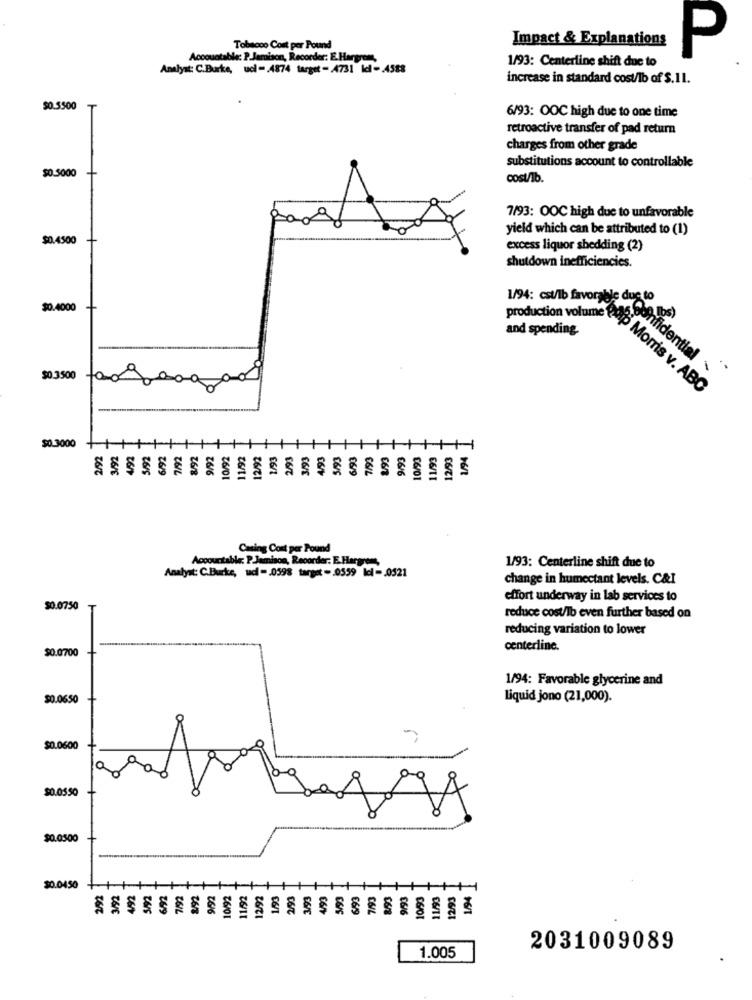
Impact & Explanations
Tobacco Cost per Pound
Accountable: P Jamison, Recorder: E. Harpress,
1/93: Centerline shift due to
P
Analyst: C.Burke, ucl-4874 target = 4731 Id-4588
increase in standard cost/lb of $.11.
$0.5500
T
6/93: OOC high due to one time
retroactive transfer of pad return
charges from other grade
substitutions account to controllable
$0.5000
cost/lb.
7/93: OOC high due to unfavorable
yield which can be attributed to (1)
$0.4500
excess liquor shedding (2)
shutdown inefficiencies.
1/94: est/lb favorable due to
$0.4000
and spending.
Confidential
$0.3500
to
Production volume tip Morris v. ABC
$0.3000
12/9
06/9
06/L
06/6
06/01
Casing Cost per Pound
Accountable: P Jamison, Recorder: E. Hargrens,
1/93: Centerline shift due to
Analyst: C.Burke, ud -0598 target -0559 ldl= 0521
change in humectant levels. C&I
effort underway in lab services to
$0.0750
reduce cost/Ib even further based on
reducing variation to lower
$0.0700
centerline.
1/94: Favorable glycerine and
$0.0650
Liquid jono (21,000).
$0.0600
$0.0550
$0.0500
$0.0450
12/93
2031009089
1.005